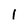
Character: l